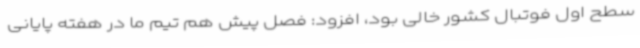
سطح اول فوتبال کشور خالی بود، افزود: فصل پیش هم تیم ما در هفته پایانی